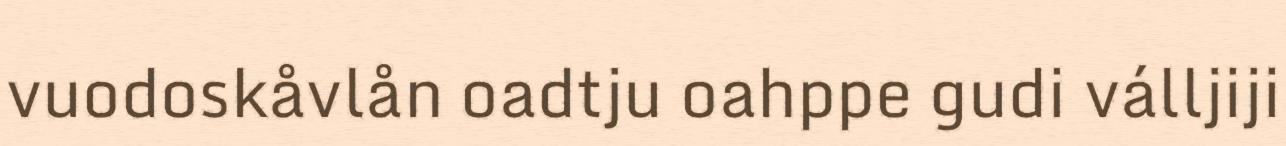
vuodoskåvlån oadtju oahppe gudi válljiji